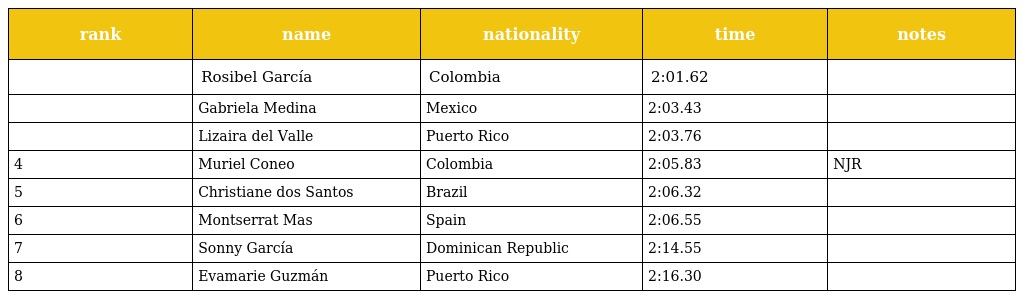
| rank | name | nationality | time | notes |
 | --- | --- | --- | --- | --- |
 |  | Rosibel García | Colombia | 2:01.62 |  |
 |  | Gabriela Medina | Mexico | 2:03.43 |  |
 |  | Lizaira del Valle | Puerto Rico | 2:03.76 |  |
 | 4 | Muriel Coneo | Colombia | 2:05.83 | NJR |
 | 5 | Christiane dos Santos | Brazil | 2:06.32 |  |
 | 6 | Montserrat Mas | Spain | 2:06.55 |  |
 | 7 | Sonny García | Dominican Republic | 2:14.55 |  |
 | 8 | Evamarie Guzmán | Puerto Rico | 2:16.30 |  |